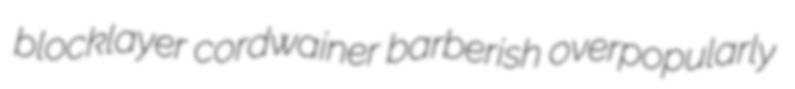
blocklayer cordwainer barberish overpopularly